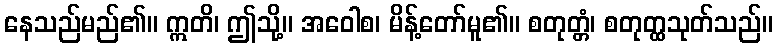
နေသည်မည်၏။ ဣတိ၊ ဤသို့။ အဝေါစ၊ မိန့်တော်မူ၏။ စတုတ္တံ၊ စတုတ္ထသုတ်သည်။